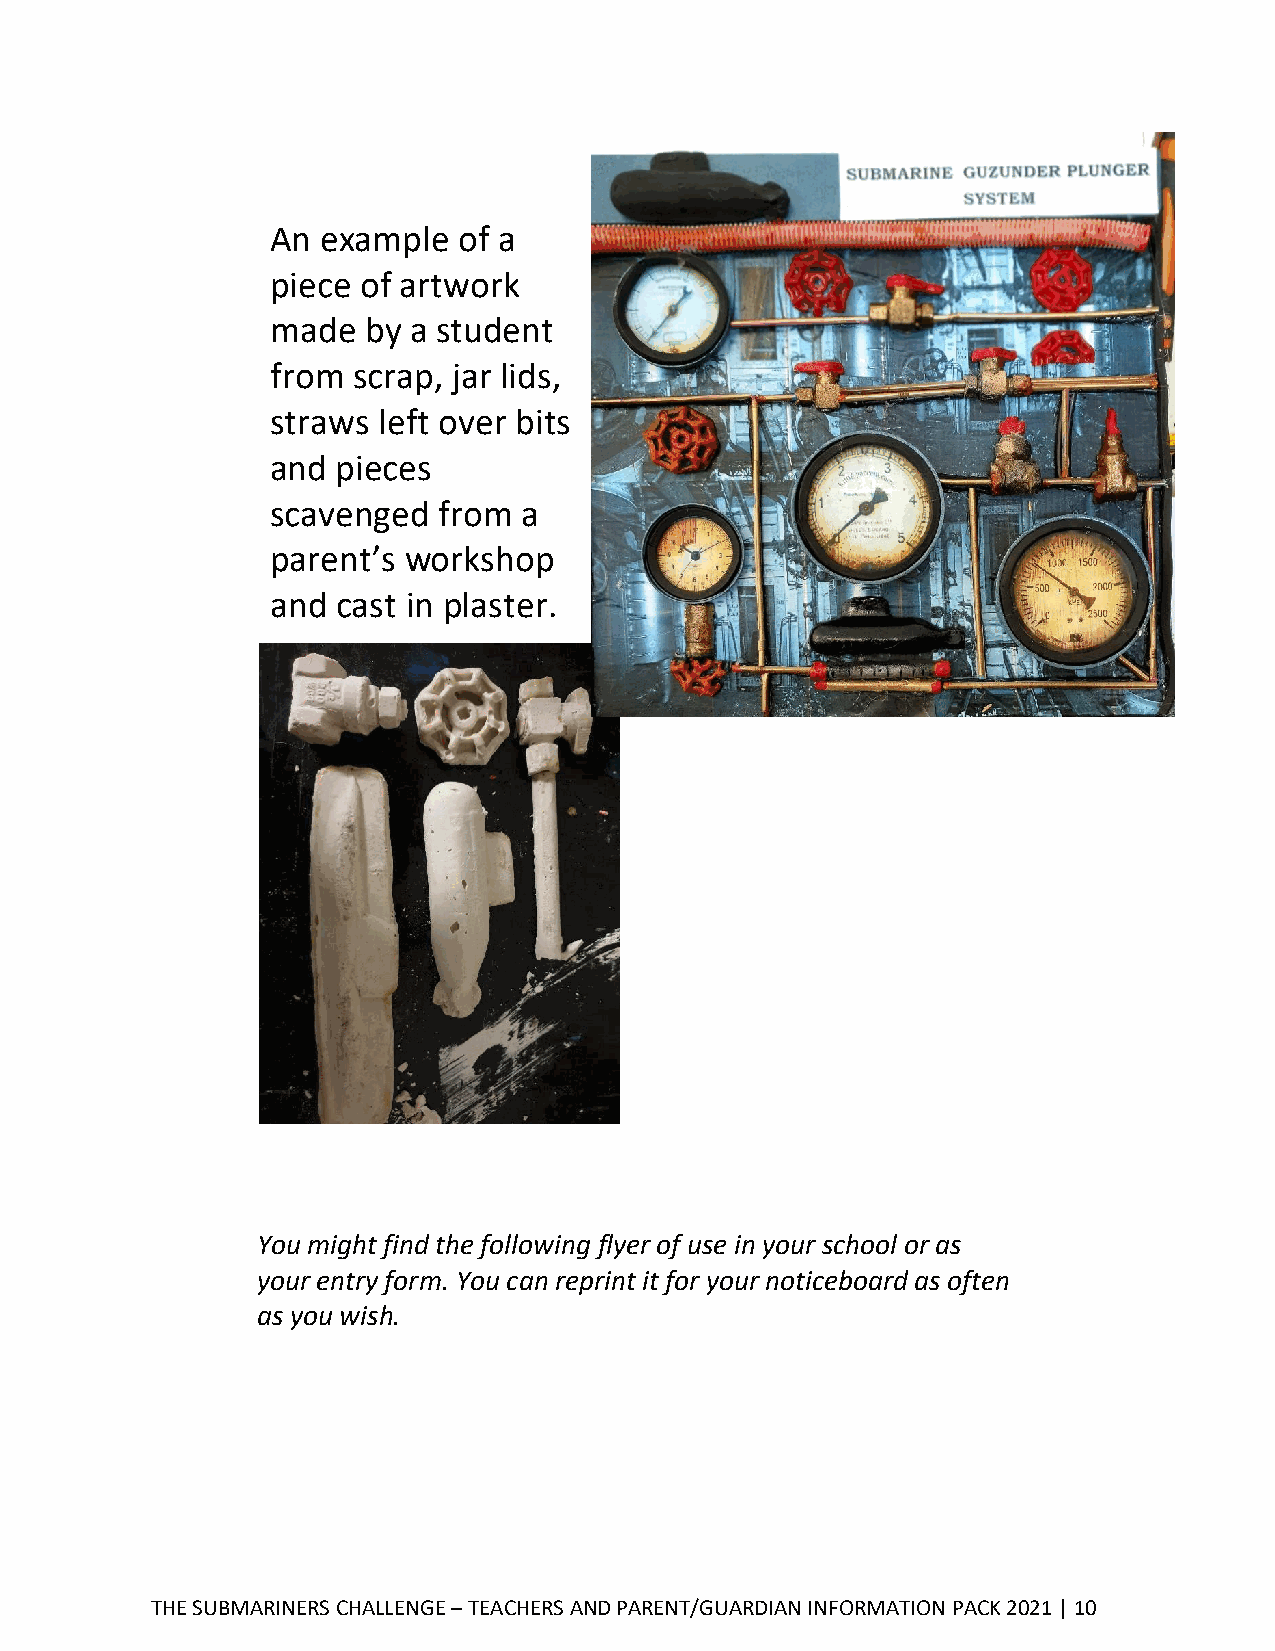
An example  of a
 piece of artwork
 made  by a student
 from scrap, jar lids,
 straws left over bits
 and pieces
 scavenged  from  a
 parent’s workshop
 and cast in plaster.
 You might find the following flyer of use in your school or as
 your entry form. You can reprint it for your noticeboard as often
 as you wish.
 THE SUBMARINERS CHALLENGE – TEACHERS AND PARENT/GUARDIAN INFORMATION PACK 2021 | 10